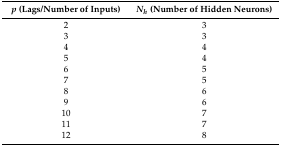
<table><thead><tr><td><b><i>p</i> (Lags/Number of Inputs)</b></td><td><b><i>N<sub>h</sub></i> (Number of Hidden Neurons)</b></td></tr></thead><tbody><tr><td>2</td><td>3</td></tr><tr><td>3</td><td>3</td></tr><tr><td>4</td><td>4</td></tr><tr><td>5</td><td>4</td></tr><tr><td>6</td><td>5</td></tr><tr><td>7</td><td>5</td></tr><tr><td>8</td><td>6</td></tr><tr><td>9</td><td>6</td></tr><tr><td>10</td><td>7</td></tr><tr><td>11</td><td>7</td></tr><tr><td>12</td><td>8</td></tr></tbody></table>